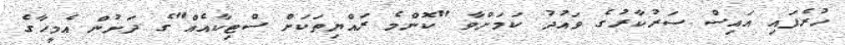
ހުރެފައި އައިސް ސަރުކާރުގެ ވައުދު ކަމަށްވާ "ކޮންމެ ރައްޔިތަކަށް ސްޓިކާއެއް"ގެ ދަށުން އެމީހާގެ